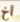
أخ